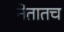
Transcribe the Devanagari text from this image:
नेतातच